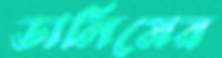
ডালিমের